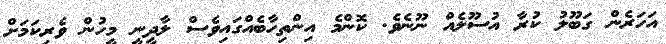
އަހަރެން ގަބޫލު ކުރާ އުސޫލެއް ނޫނެވެ. ކޮންމެ އިންތިހާބެއްގައިވެސް ލާދީނީ މީހުން ވެރިކަމަށް